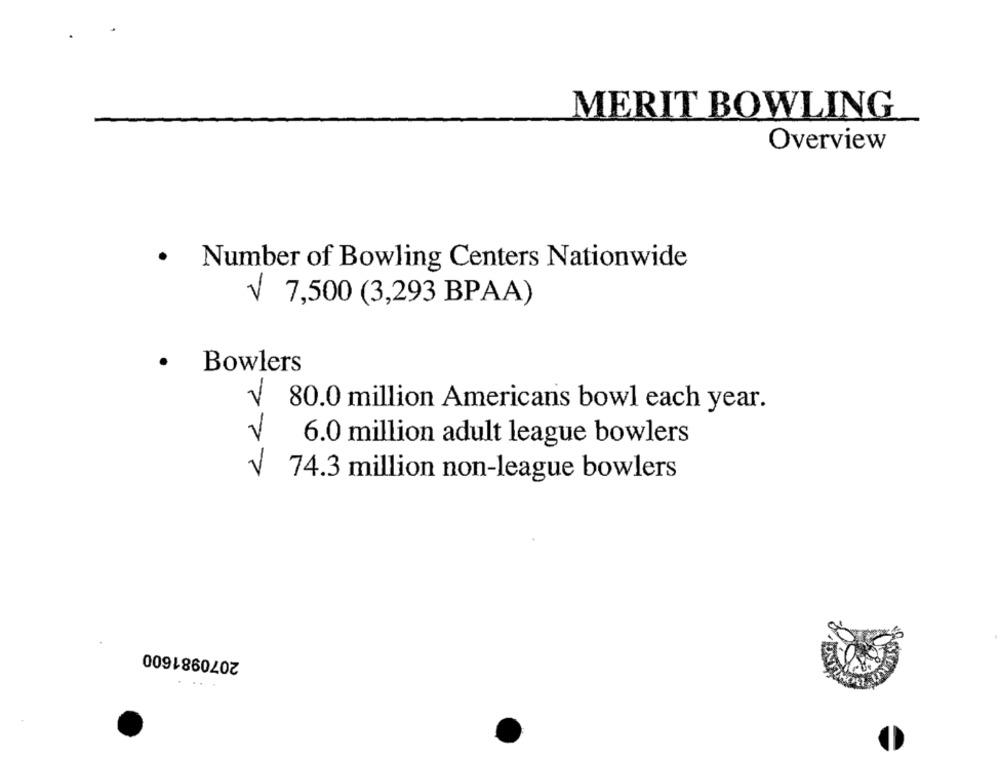
MERIT BOWLING
Overview
.
Number of Bowling Centers Nationwide
V 7,500 (3,293 BPAA)
.
Bowlers
80.0 million Americans bowl each year.
6.0 million adult league bowlers
777
74.3 million non-league bowlers
2070981600
...